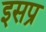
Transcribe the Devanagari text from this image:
इसप्र